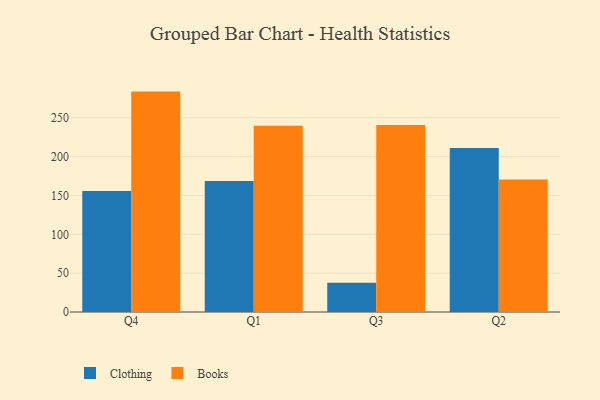
{"axis": {"x": "Quarter", "y": "Tickets Resolved"}, "legend": ["Books", "Clothing"], "data": [{"x": "Q4", "y": 155.7, "type": "Clothing"}, {"x": "Q4", "y": 283.7, "type": "Books"}, {"x": "Q1", "y": 168.6, "type": "Clothing"}, {"x": "Q1", "y": 239.7, "type": "Books"}, {"x": "Q3", "y": 37.8, "type": "Clothing"}, {"x": "Q3", "y": 240.8, "type": "Books"}, {"x": "Q2", "y": 211.1, "type": "Clothing"}, {"x": "Q2", "y": 170.6, "type": "Books"}]}